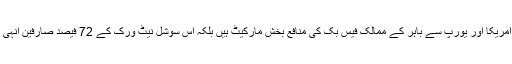
گروپ کا کہنا ہے کہ شمالی امریکا اور یورپ سے باہر کے ممالک فیس بک کی منافع بخش مارکیٹ ہیں بلکہ اس سوشل نیٹ ورک کے 72 فیصد صارفین انہی ملکوں سے تعلق رکھتے ہیں۔